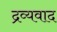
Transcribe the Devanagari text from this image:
द्रव्यवाद